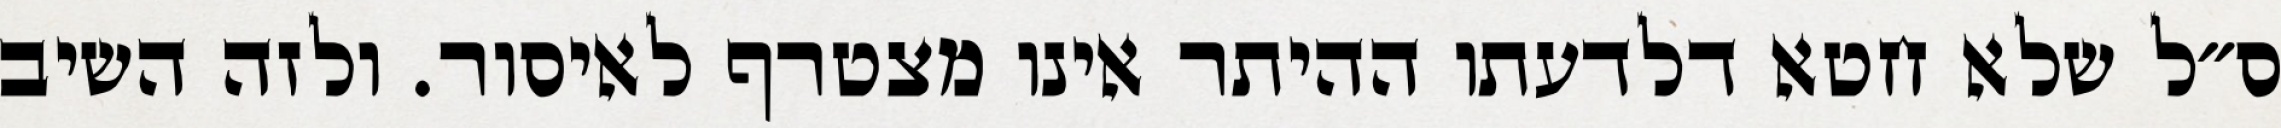
ס״ל שלא חטא דלדעתו ההיתר אינו מצטרף לאיסור. ולזה השיב